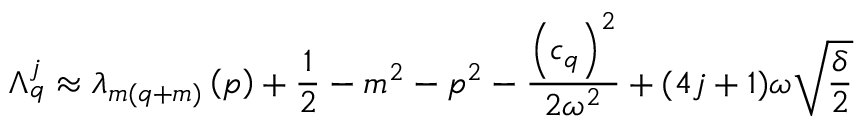
\Lambda _ { q } ^ { j } \approx \lambda _ { m ( q + m ) } \left( p \right) + \frac { 1 } { 2 } - m ^ { 2 } - p ^ { 2 } - \frac { \left( c _ { q } \right) ^ { 2 } } { 2 \omega ^ { 2 } } + ( 4 j + 1 ) \omega \sqrt { \frac { \delta } { 2 } }